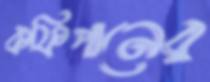
কফিপানের